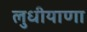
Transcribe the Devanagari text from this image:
लुधीयाणा